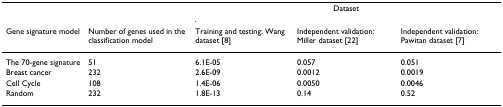
|  |  | <COLSPAN=3> Dataset |
 | Gene signature model | Number of genes used in the classification model | Training and testing: Wang dataset [8] | Independent validation: Miller dataset [22] | Independent validation: Pawitan dataset [7] |
 | --- | --- | --- | --- | --- |
 | The 70-gene signature | 51 | 6.1E-05 | 0.057 | 0.051 |
 | Breast cancer | 232 | 2.6E-09 | 0.0012 | 0.0019 |
 | Cell Cycle | 108 | 1.4E-06 | 0.0050 | 0.0046 |
 | Random | 232 | 1.8E-13 | 0.14 | 0.52 |